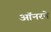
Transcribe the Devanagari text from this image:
ऑनरने